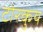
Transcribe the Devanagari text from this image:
टोरकुय